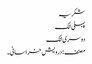
شکریہ
پہلی لنک
دوسری لنک
مصنف : درویش خراسانی۔